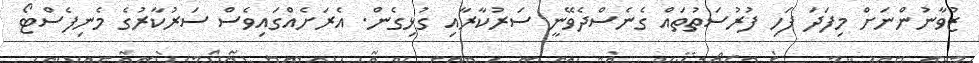
ޒުވާނުންނަށް މިފަދަ ފަހި ފުރުސަތުތައް ގެނެސްދެވޭނީ ސަރުކާރާއި ގުޅިގެން. އެރަށެއްގައިވެސް ސަރުކާރުގެ މެނިފެސްޓޯ